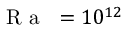
\mathrm { ~ \textit ~ { ~ R ~ a ~ } ~ } = 1 0 ^ { 1 2 }